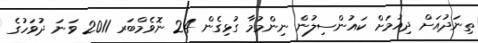
ތިނަދުއަށް ދިއުމަށް ކައުންސިލުން ނިންމުމާ ގުޅިގެން 24 ނޮވެމްބަރ 2011 ވަނަ ދުވަހުގެ